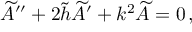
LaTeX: \widetilde { A } ^ { \prime \prime } + 2 \widetilde { h } \widetilde { A } ^ { \prime } + k ^ { 2 } \widetilde { A } = 0 \, ,